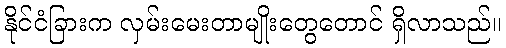
နိုင်ငံခြားက လှမ်းမေးတာမျိုးတွေတောင် ရှိလာသည်။